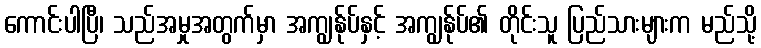
ကောင်းပါပြီ၊ သည်အမှုအတွက်မှာ အကျွန်ုပ်နှင့် အကျွန်ုပ်၏ တိုင်းသူ ပြည်သားများက မည်သို့